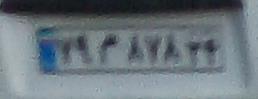
۷۹م۸۷۸۲۴